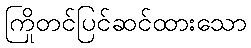
ကြိုတင်ပြင်ဆင်ထားသော